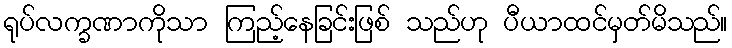
ရုပ်လက္ခဏာကိုသာ ကြည့်နေခြင်းဖြစ် သည်ဟု ပီယာထင်မှတ်မိသည်။